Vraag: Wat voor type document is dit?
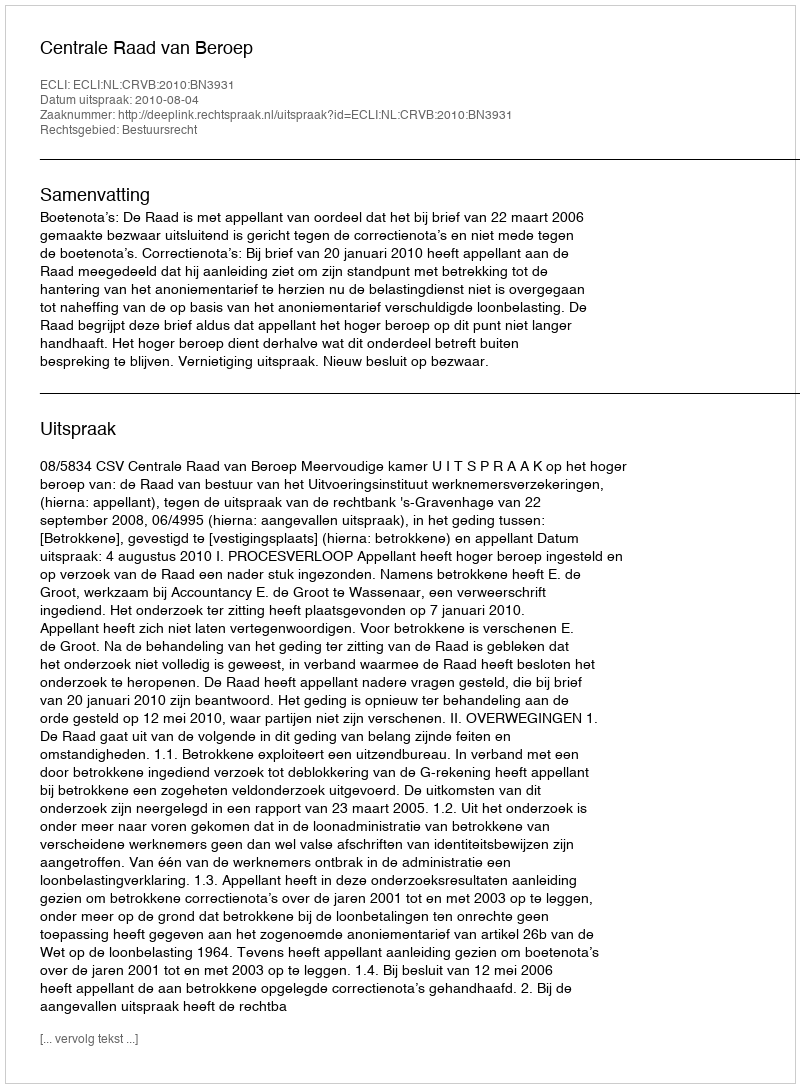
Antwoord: Uitspraak